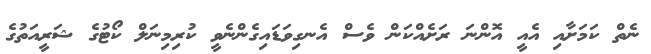
ނެތް ކަމަށާއި އެއީ އޮންނަ ރަށެއްކަން ވެސް އެނގިވަޑައިގެންނެވީ ކުރިމިނަލް ކޯޓުގެ ޝަރީއަތުގެ